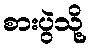
စားပွဲသို့